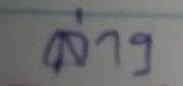
ล่าง